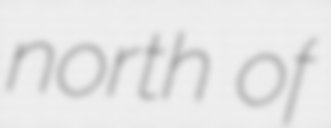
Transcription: north of